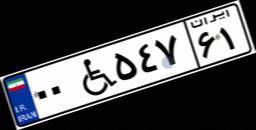
۰۰W۵۴۷۶۱